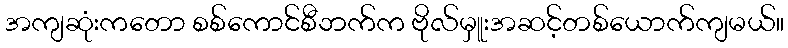
အကျဆုံးကတော စစ်ကောင်စီဘက်က ဗိုလ်မှူးအဆင့်တစ်ယောက်ကျမယ်။